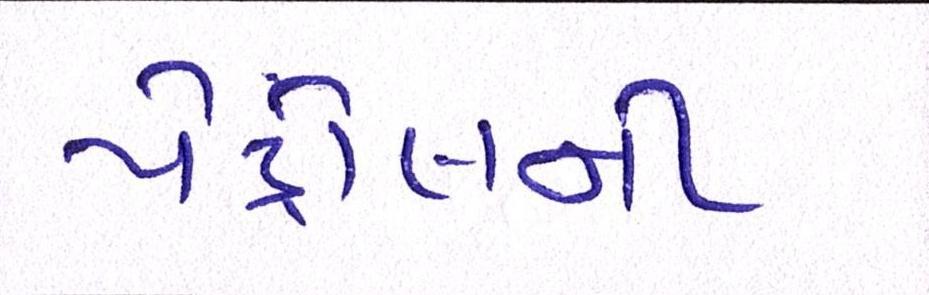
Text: પેટ્રોલની